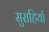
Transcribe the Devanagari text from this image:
सुराहियाँ